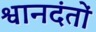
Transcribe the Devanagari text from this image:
श्वानदंतों